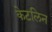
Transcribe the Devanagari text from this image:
केटलिन